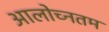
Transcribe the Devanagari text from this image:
आलोच्नतम